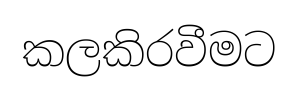
කලකිරවීමට